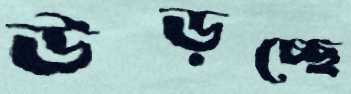
উড়চ্ছে